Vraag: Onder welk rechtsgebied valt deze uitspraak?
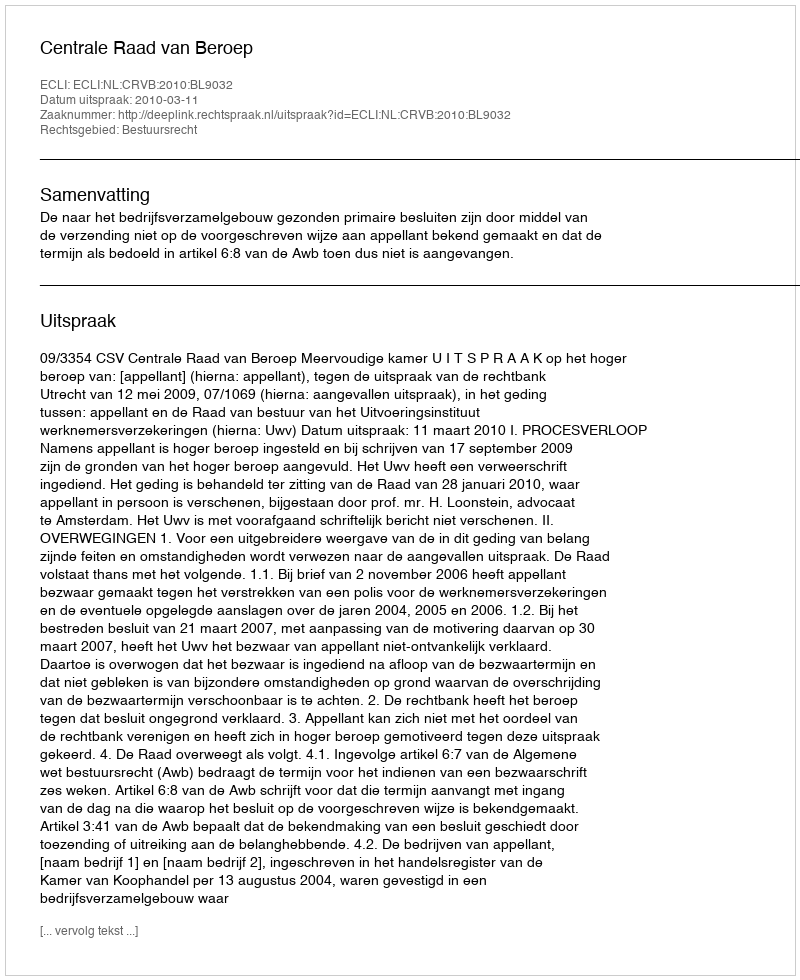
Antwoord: Bestuursrecht